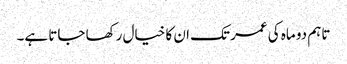
تاہم دو ماہ کی عمر تک ان کا خیال رکھا جاتا ہے۔